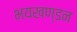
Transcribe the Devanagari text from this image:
भयखण्डन